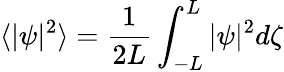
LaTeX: \langle|\psi|^{2}\rangle=\frac{1}{2L}\int_{-L}^{L}|\psi|^{2}d\zeta